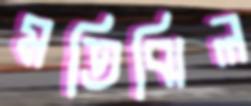
মতিঝিল